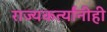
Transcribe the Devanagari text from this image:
राज्यकर्त्यांनीही